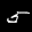
Digit: 5